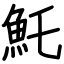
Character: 魠